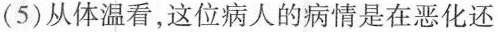
(5)从体温看，这位病人的病情是在恶化还